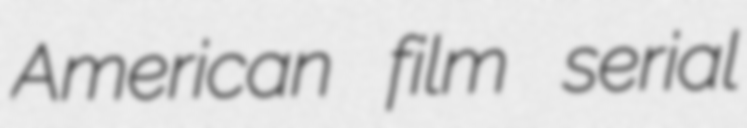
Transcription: American film serial